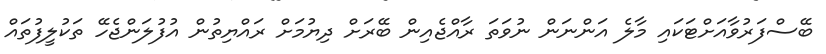
ބޭސްފަރުވާއަށްޓަކައި މާލެ އަންނަން ނުވަތަ ރާއްޖެއިން ބޭރަށް ދިޔުމަށް ރައްޔިތުން އުފުލަންޖެހޭ ތަކުލީފުތައް